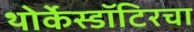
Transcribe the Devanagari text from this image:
थोर्केस्डॉटिरचा